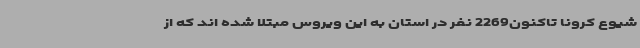
شیوع کرونا تاکنون2269 نفر در استان به این ویروس مبتلا شده اند که از